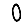
Digit: 0